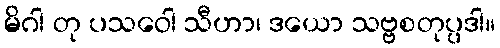
မိဂါ တု ပသဝေါ သီဟာ၊ ဒယော သဗ္ဗစတုပ္ပဒါ။